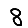
Digit: 8